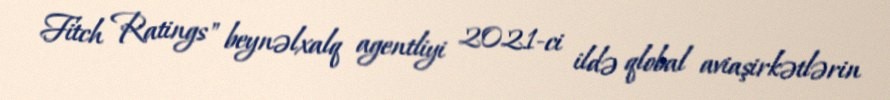
Fitch Ratings" beynəlxalq agentliyi 2021-ci ildə qlobal aviaşirkətlərin